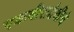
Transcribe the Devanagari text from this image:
एकवीरादेवीचे